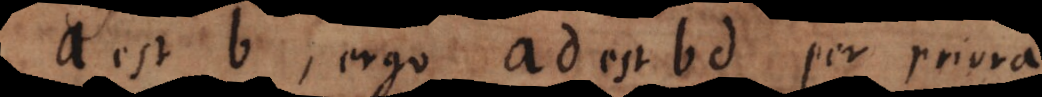
a est b, ergo ad est bd per priora